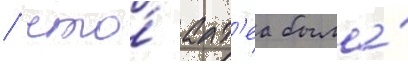
/ что́ алт'еа была́